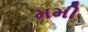
મમી